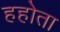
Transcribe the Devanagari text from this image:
हहोता